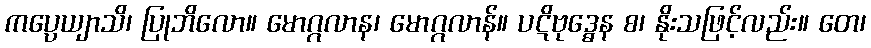
ကပ္ပေယျာသိ၊ ပြုဘိလော။ မောဂ္ဂလာန၊ မောဂ္ဂလာန်။ ပဋိဗုဒ္ဓေန စ၊ နိုးသဖြင့်လည်း။ တေ၊